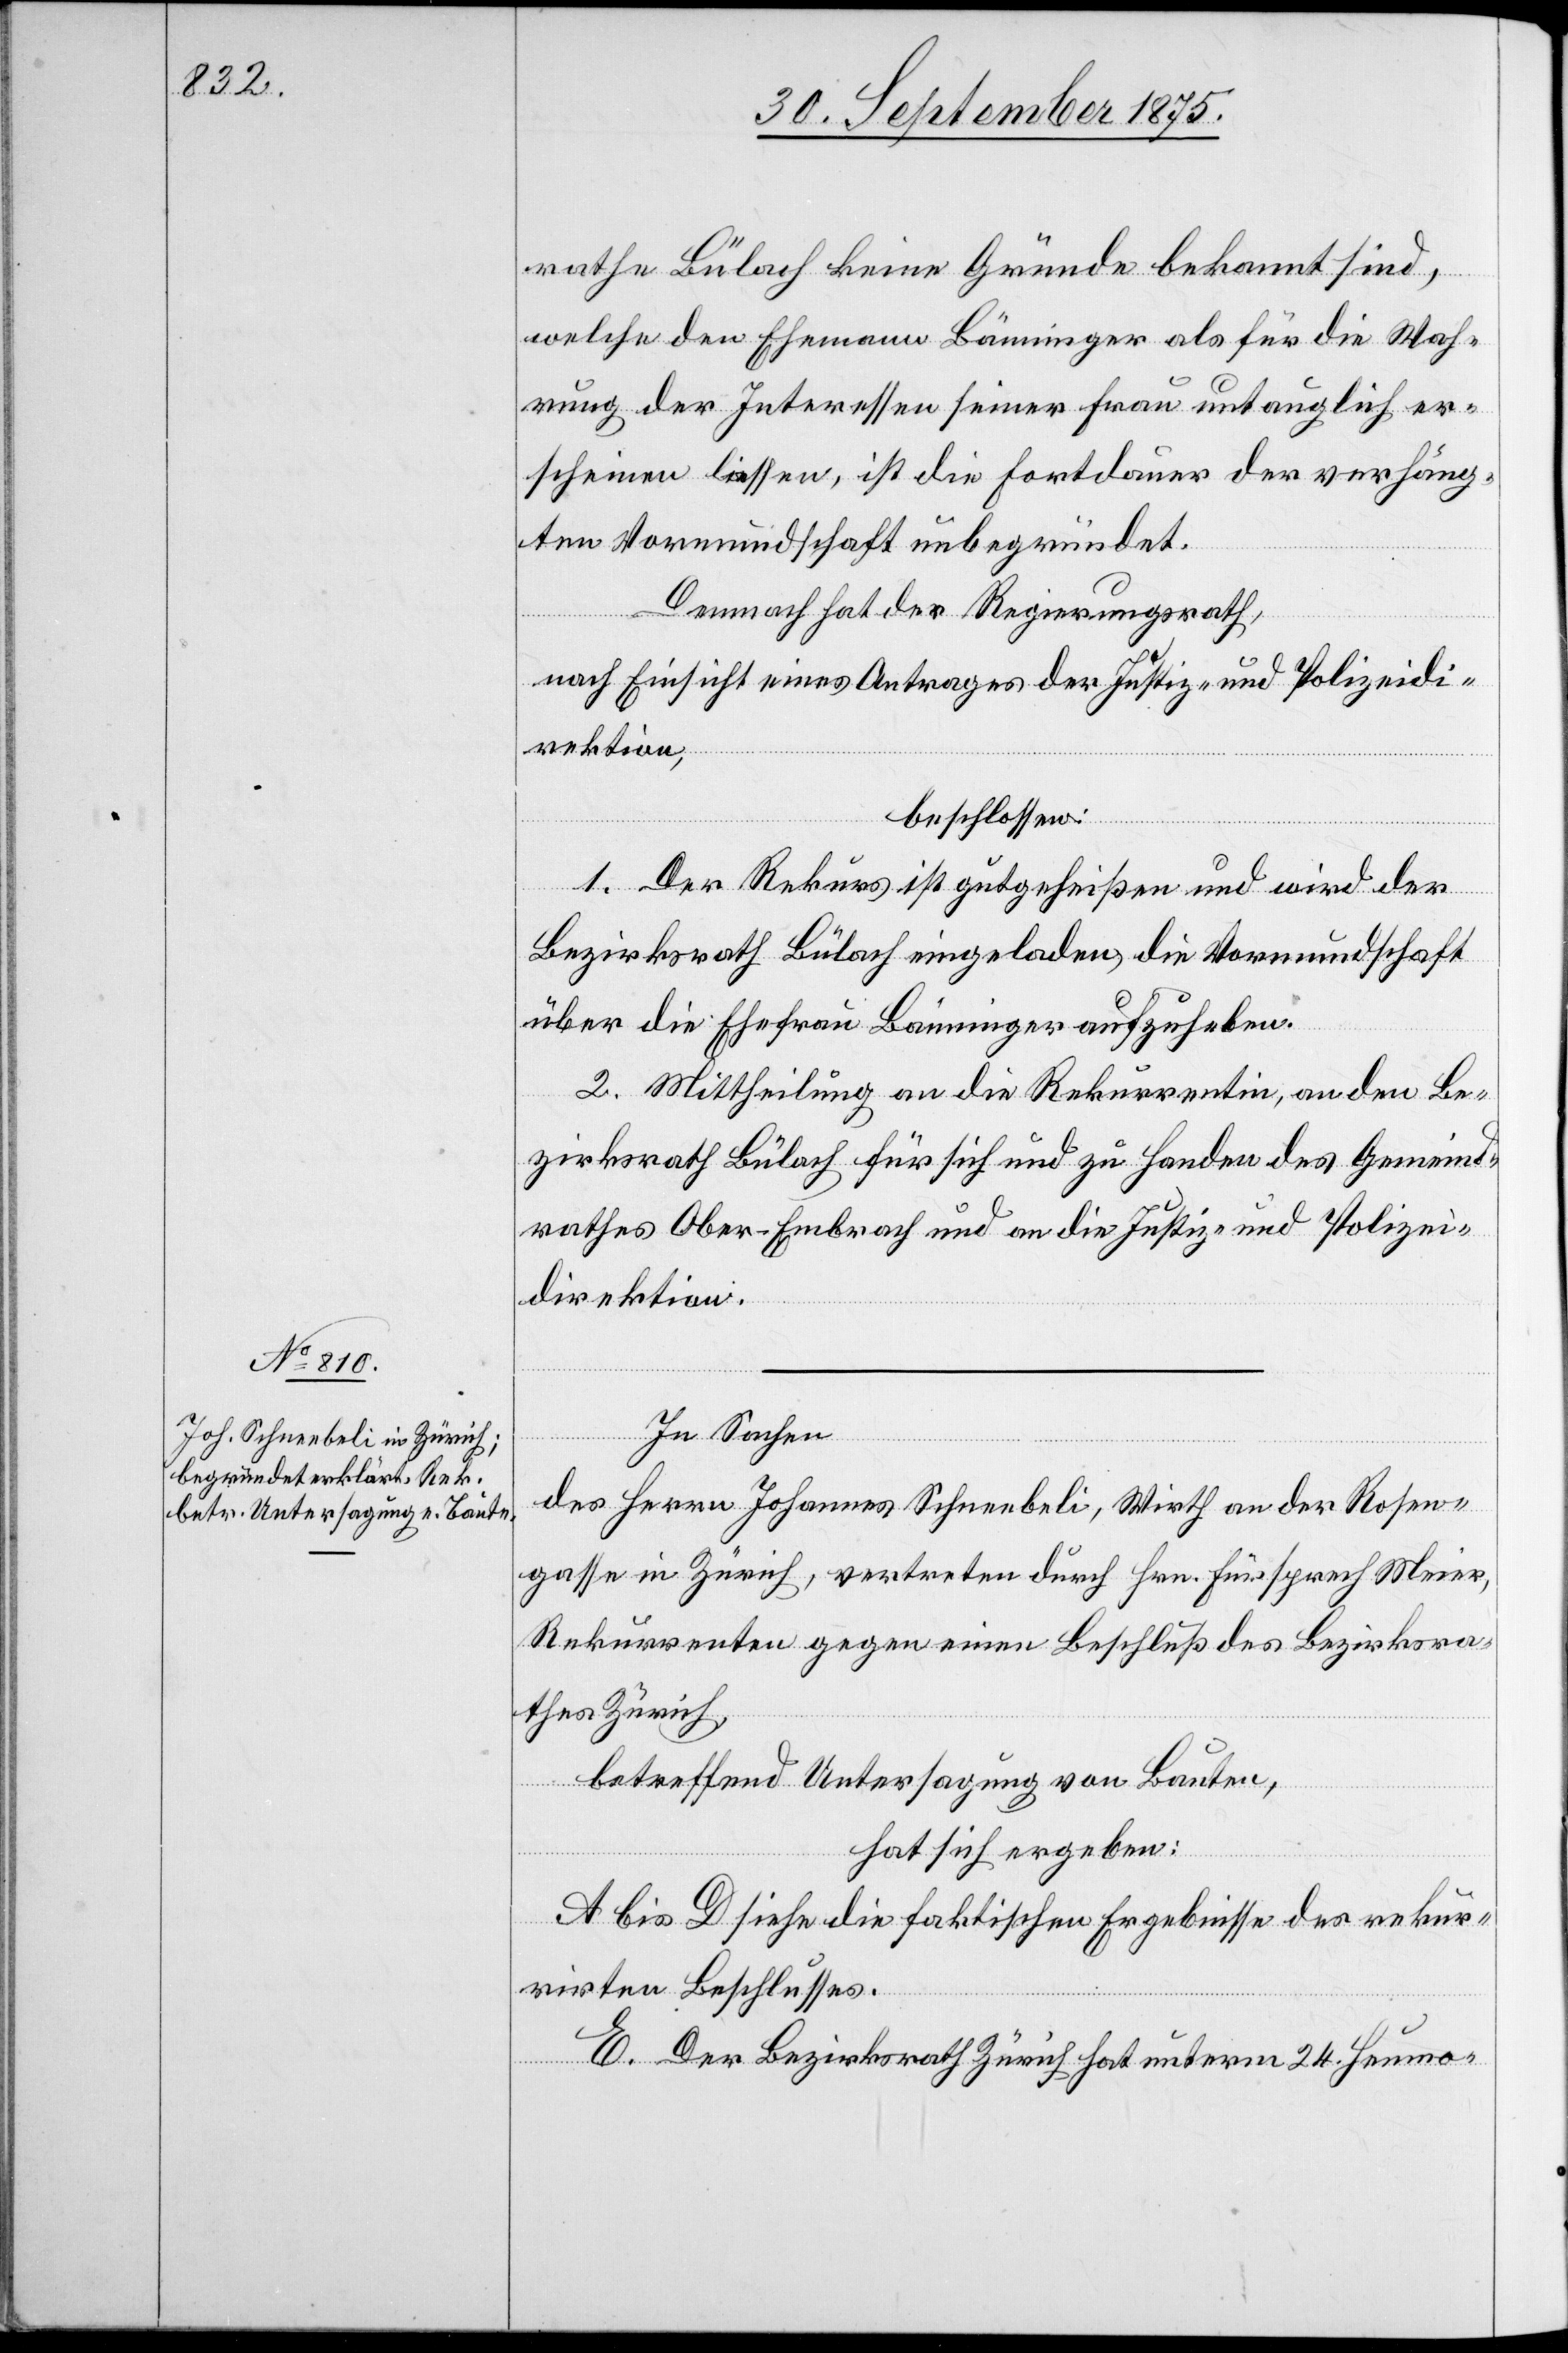
rathe Bülach keine Gründe bekannt sind,
welche den Ehemann Bänninger als für die Wah¬
rung der Interessen seiner Frau untauglich er¬
scheinen liessen, ist die Fortdauer der verhäng¬
ten Vormundschaft unbegründet.
Demnach hat der Regierungsrath,
nach Einsicht eines Antrages der Justiz- und Polizeidi¬
rektion,
beschlossen:
1. Der Rekurs ist gutgeheißen und wird der
Bezirksrath Bülach eingeladen, die Vormundschaft
über die Ehefrau Bänninger aufzuheben.
2. Mittheilung an die Rekurrentin, an den Be¬
zirksrath Bülach für sich und zu Handen des Gemeind¬
rathes Ober-Embrach und an die Justiz- und Polizei¬
direktion.
In Sachen
des Herrn Johannes Schneebeli, Wirth an der Rosen¬
gasse in Zürich, vertreten durch Hrn. Fürsprech Meier,
Rekurrenten gegen einen Beschluß des Bezirksra¬
thes Zürich,
betreffend Untersagung von Bauten,
hat sich ergeben:
A bis D siehe die faktischen Ergebnisse des rekur¬
rirten Beschlusses.
E. Der Bezirksrath Zürich hat unterm 24. Heumo-